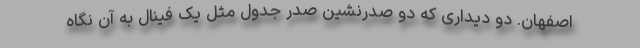
اصفهان. دو دیداری که دو صدرنشین صدر جدول مثل یک فینال به آن نگاه